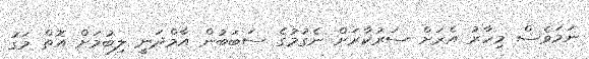
ނަމަވެސް މިހާރު އެރަށް ސަރުކާރަށް ނެގުމުގެ ސަބަބުން އާމްދަނީ ލިބުމަށް އޮތް މަގު